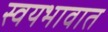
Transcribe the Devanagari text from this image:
स्वयभावात